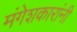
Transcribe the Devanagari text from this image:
मंगेशकारांनी